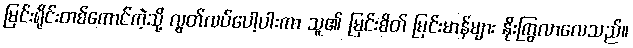
မြင်းရိုင်းတစ်ကောင်ကဲ့သို့ လွတ်လပ်ပေါ့ပါးကာ သူ၏ မြင်းစိတ် မြင်းမာန်များ နိုးကြွလာလေသည်။